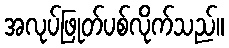
အလုပ်ဖြုတ်ပစ်လိုက်သည်။